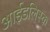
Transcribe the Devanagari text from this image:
आईडलिस्क